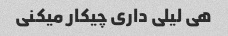
هی لیلی داری چیکار میکنی